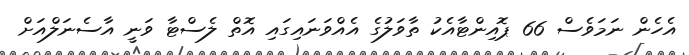
އެހެން ނަމަވެސް 66 ޕޮއިންޓާއެކު ތާވަލުގެ އެއްވަނައިގައި އޮތް ލެސްޓާ ވަނީ އާސެނަލްއަށް